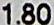
1.80